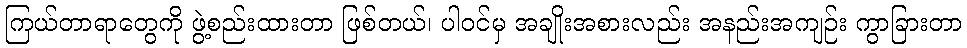
ကြယ်တာရာတွေကို ဖွဲ့စည်းထားတာ ဖြစ်တယ်၊ ပါဝင်မှ အချိုးအစားလည်း အနည်းအကျဉ်း ကွာခြားတာ